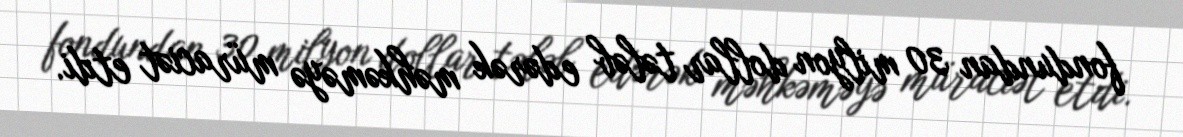
fondundan 30 milyon dollar tələb edərək məhkəməyə müraciət etdi.